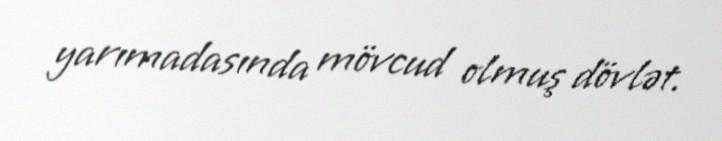
yarımadasında mövcud olmuş dövlət.